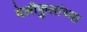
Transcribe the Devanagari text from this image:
वेलीफुलांच्या